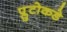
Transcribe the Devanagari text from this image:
प्लुटोकडे